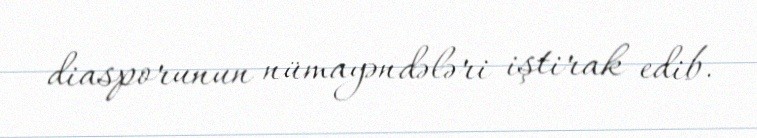
diasporunun nümayəndələri iştirak edib.